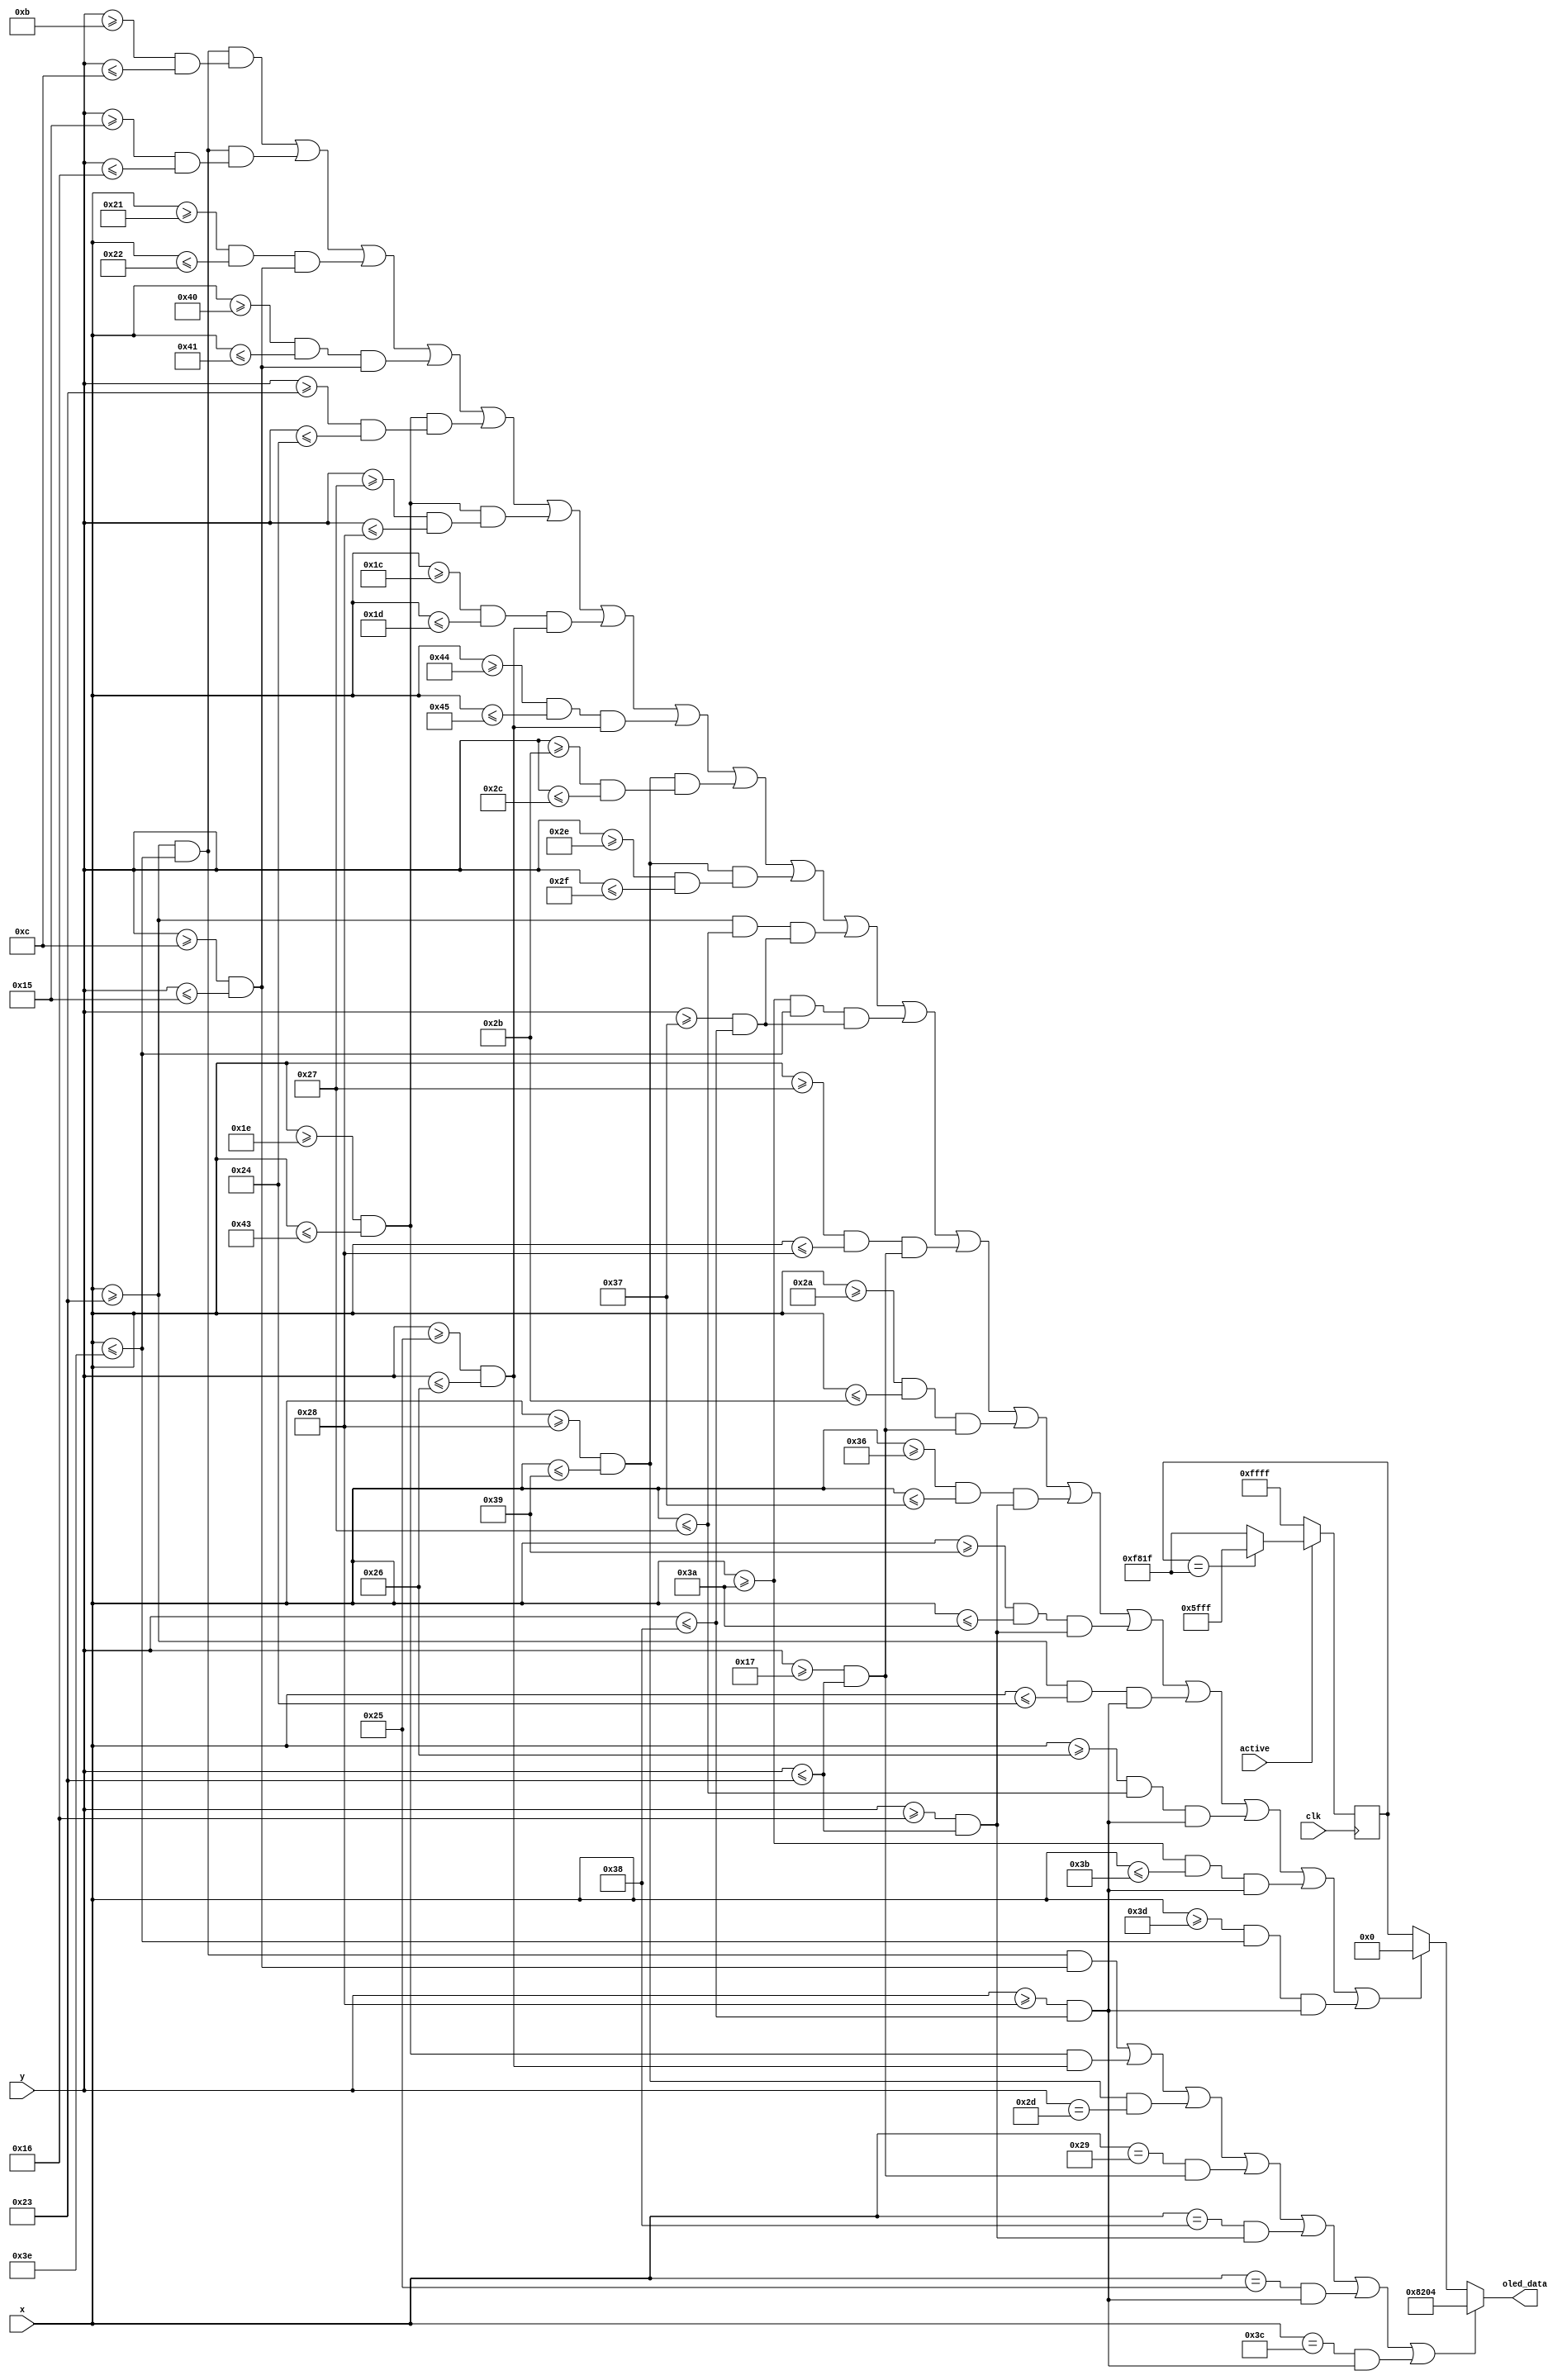
module Game_Play(
  input clk,
  input [6:0] x,
  input [5:0] y,
  input active,
  output reg [15:0] oled_data
);

reg [15:0] oled_background_data;

//Define constant as local parameter
//Colour display
localparam GREEN = 16'h07E0;
localparam ORANGE = 16'hFFE0; //Yellow
localparam RED = 16'hF800;
localparam BLACK = 16'h0000;
localparam PURPLE = 16'hF81F;
localparam YELLOW = 16'hFC00;    
localparam BLUE = 16'h001F;
localparam WHITE = 16'hFFFF;
localparam CYAN = 16'hF81F;
localparam MAGENTA = 16'hF81F;
localparam BROWN = 16'h8204;
localparam SKYBLUE = 16'h5FFF;

    //Display Chair
    wire xrange_bar1 = (x >= 35 && x <= 62);
    wire yrange_stick1 = (y >= 12 && y <= 21);
    wire xrange_bar2 = (x >= 30 && x <= 67);
    wire yrange_stick2 = (y >= 37 && y <= 38);    
    wire xrange_bar3 = (x >= 40 && x <= 57);
    wire yrange_stick3 = (y >= 23 && y <= 35);
    wire yrange_stick4 = (y >= 22 && y <= 35);
    wire yrange_stick5 = (y >= 40 && y <= 56);
    wire yrange_stick6 = (y >= 40 && y <= 56);

    wire CHAIR = xrange_bar1 && (y >= 11 && y <= 12) || xrange_bar1 && (y >= 21 && y <= 22) || ((x >= 33 && x <= 34) && yrange_stick1) || ((x >= 64 && x <= 65) && yrange_stick1) || 
                 xrange_bar2 && (y >= 35 && y <= 36) || xrange_bar2 && (y >= 39 && y <= 40) || ((x >= 28 && x <= 29) && yrange_stick2) || ((x >= 68 && x <= 69) && yrange_stick2) || 
                 xrange_bar3 && (y >= 43 && y <= 44) || xrange_bar3 && (y >= 46 && y <= 47) || 
                 ((x >= 35 && x <= 39) && (y >= 55 && y <= 56)) || ((x >= 58 && x <= 62) && (y >= 55 && y <= 56)) ||
                 ((x >= 39 && x <= 40) && yrange_stick3)|| ((x >= 42 && x <= 43) && yrange_stick3) ||
                 ((x >= 54 && x <= 55) && yrange_stick4) || ((x >= 57 && x <= 58) && yrange_stick4) ||
                 ((x >= 35 && x <= 36) && yrange_stick5) || ((x >= 38 && x <= 39) && yrange_stick5) ||
                 ((x >= 58 && x <= 59) && yrange_stick6) || ((x >= 61 && x <= 62) && yrange_stick6);

  
    wire BROWN_CHAIR = xrange_bar1 && yrange_stick1 || xrange_bar2 && yrange_stick2 || xrange_bar3 && y == 45 || x == 41 && yrange_stick3 || x == 56 && yrange_stick4 || x == 37 && yrange_stick5 || x == 60 && yrange_stick6;

    always @ (*) begin
    oled_data = oled_background_data;
        if (CHAIR) begin
            oled_data = BLACK;
        end
        if (BROWN_CHAIR) begin
            oled_data = BROWN;
        end
    end 

    always @ (posedge clk) begin
      oled_background_data <= WHITE;
      if (active) begin
        oled_background_data <= (oled_background_data == MAGENTA) ? SKYBLUE : MAGENTA;;
      end
    end

endmodule